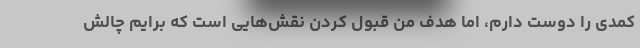
کمدی را دوست دارم، اما هدف من قبول کردن نقش‌هایی است که برایم چالش